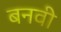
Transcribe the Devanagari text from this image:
बनवी